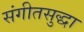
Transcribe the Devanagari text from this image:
संगीतसुद्धा